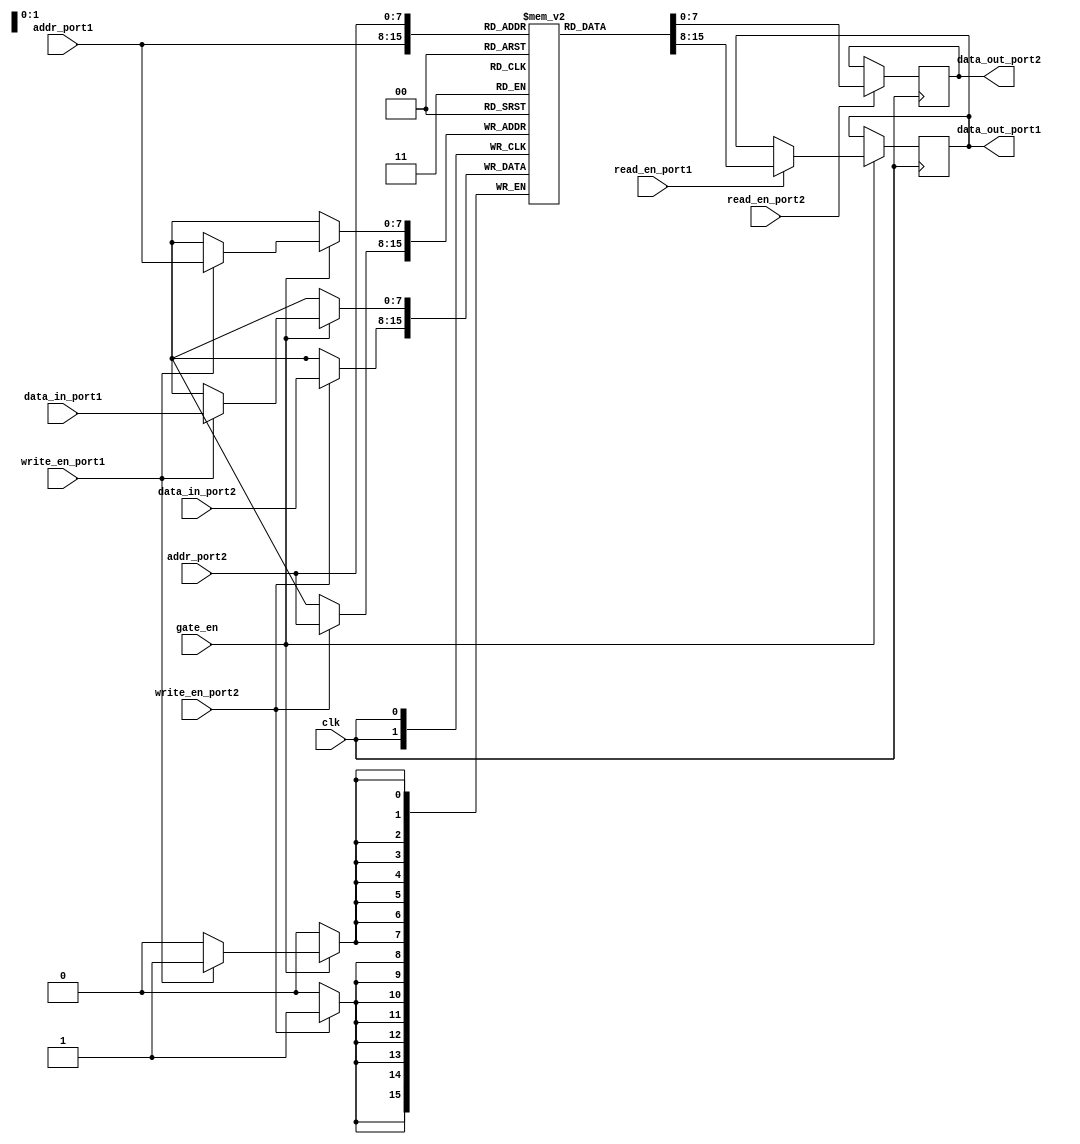
module dual_port_RAM (
    input clk,
    input [7:0] addr_port1,
    input [7:0] data_in_port1,
    input [7:0] addr_port2,
    input [7:0] data_in_port2,
    input read_en_port1,
    input write_en_port1,
    input read_en_port2,
    input write_en_port2,
    input gate_en,
    output reg [7:0] data_out_port1,
    output reg [7:0] data_out_port2
);

reg [7:0] ram [0:255];

always @(posedge clk) begin
    if(gate_en == 1'b1) begin
        if(read_en_port1 == 1'b1) begin
            data_out_port1 <= ram[addr_port1];
        end
        if(write_en_port1 == 1'b1) begin
            ram[addr_port1] <= data_in_port1;
        end
    end
    
    if(read_en_port2 == 1'b1) begin
        data_out_port2 <= ram[addr_port2];
    end
    if(write_en_port2 == 1'b1) begin
        ram[addr_port2] <= data_in_port2;
    end
end

endmodule